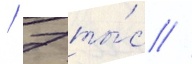
/ 7 ты́с //